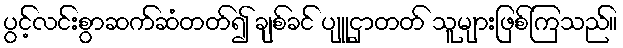
ပွင့်လင်းစွာဆက်ဆံတတ်၍ ချစ်ခင် ပျူငှာတတ် သူများဖြစ်ကြသည်။